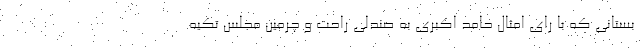
بستانی که با رای امثال حامد اکبری به صندلی راحت و چرمین مجلس تکیه